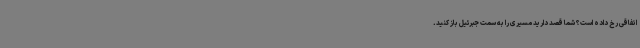
اتفاقی رخ داده است؟ شما قصد دارید مسیری را به سمت جبرئیل باز کنید.